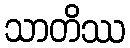
သာတိဿ